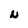
Character: N